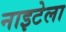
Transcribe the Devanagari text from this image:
नाइटेला